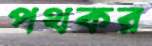
পথকর